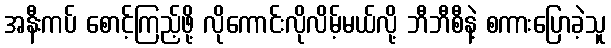
အနီးကပ် စောင့်ကြည့်ဖို့ လိုကောင်းလိုလိမ့်မယ်လို့ ဘီဘီစီနဲ့ စကားပြောခဲ့သူ